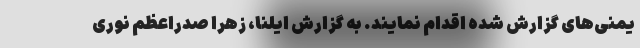
یمنی‌های گزارش شده اقدام نمایند. به گزارش ایلنا، زهرا صدراعظم نوری